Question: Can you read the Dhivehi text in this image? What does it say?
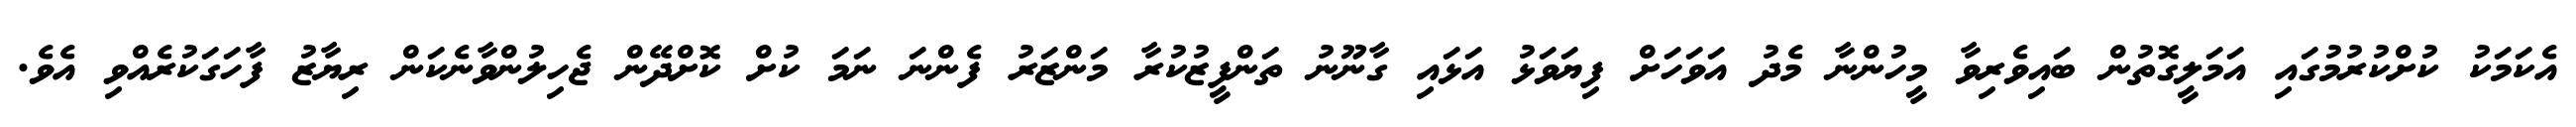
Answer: އެކަމަކު ކުށްކުރުމުގައި އަމަލީގޮތުން ބައިވެރިވާ މީހުންނާ މެދު އަވަހަށް ފިޔަވަޅު އަޅައި ގާނޫނު ތަންފީޒުކުރާ މަންޒަރު ފެންނަ ނަމަ ކުށް ކޮށްދޭން ޖެހިލުންވާނެކަން ރިޔާޒު ފާހަގަކުރެއްވި އެވެ.